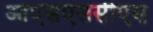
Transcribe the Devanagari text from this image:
ओएसएससीएस